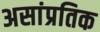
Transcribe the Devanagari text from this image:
असांप्रतिक